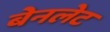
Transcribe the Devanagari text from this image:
बेनलेट